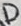
Text: D